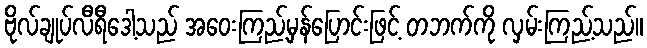
ဗိုလ်ချုပ်လီရီဒေါ့သည် အဝေးကြည့်မှန်ပြောင်းဖြင့် တဘက်ကို လှမ်းကြည့်သည်။